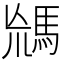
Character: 𩣈